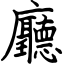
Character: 廳